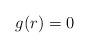
LaTeX: \begin{align*}g(r)&=0\end{align*}